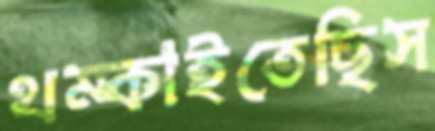
থম্‌কাইতেছিস